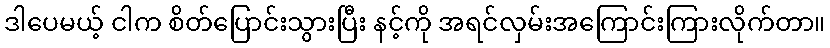
ဒါပေမယ့် ငါက စိတ်ပြောင်းသွားပြီး နင့်ကို အရင်လှမ်းအကြောင်းကြားလိုက်တာ။